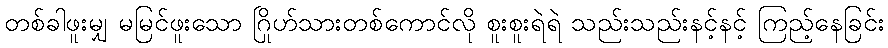
တစ်ခါဖူးမျှ မမြင်ဖူးသော ဂြိုဟ်သားတစ်ကောင်လို စူးစူးရဲရဲ သည်းသည်းနင့်နင့် ကြည့်နေခြင်း